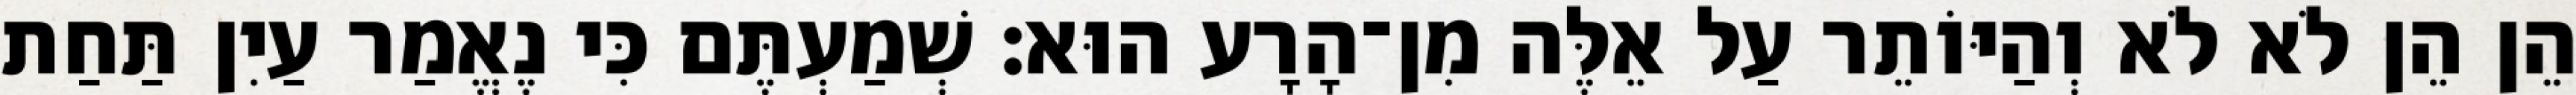
הֵן הֵן לֹא לֹא וְהַיּוֹתֵר עַל אֵלֶּה מִן־הָרָע הוּא׃ שְׁמַעְתֶּם כִּי נֶאֱמַר עַיִן תַּחַת